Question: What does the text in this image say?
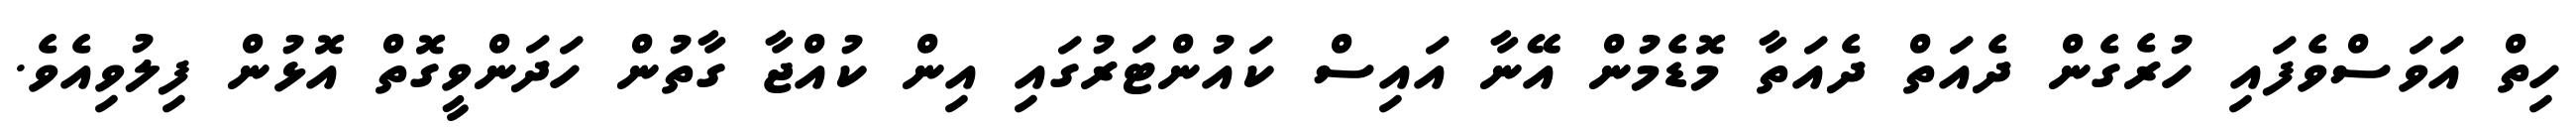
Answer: ހިތް އަވަސްވެފައި ހުރެގެން ދެއަތް ދެއަތާ މޮޑެމުން އޭނާ އައިސް ކައުންޓަރުގައި އިން ކުއްޖާ ގާތުން ހަދަންވީގޮތް އޮޅުން ފިލުވިއެވެ.